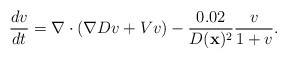
LaTeX: \begin{align*}\frac{dv}{dt} = \nabla \cdot ( \nabla D v + V v ) - \frac{0.02}{D(\mathbf{x})^2} \frac{v}{1+v}.\end{align*}